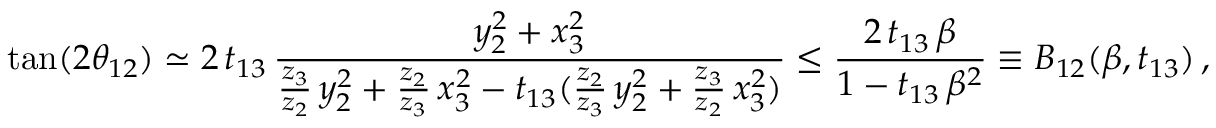
\tan ( 2 \theta _ { 1 2 } ) \simeq 2 \, t _ { 1 3 } \, \frac { y _ { 2 } ^ { 2 } + x _ { 3 } ^ { 2 } } { \frac { z _ { 3 } } { z _ { 2 } } \, y _ { 2 } ^ { 2 } + \frac { z _ { 2 } } { z _ { 3 } } \, x _ { 3 } ^ { 2 } - t _ { 1 3 } ( \frac { z _ { 2 } } { z _ { 3 } } \, y _ { 2 } ^ { 2 } + \frac { z _ { 3 } } { z _ { 2 } } \, x _ { 3 } ^ { 2 } ) } \le \frac { 2 \, t _ { 1 3 } \, \beta } { 1 - t _ { 1 3 } \, \beta ^ { 2 } } \equiv B _ { 1 2 } ( \beta , t _ { 1 3 } ) \, ,